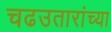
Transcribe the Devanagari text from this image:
चढउतारांच्या